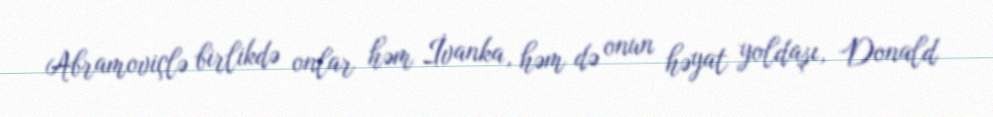
Abramoviçlə birlikdə onlar həm İvanka, həm də onun həyat yoldaşı, Donald